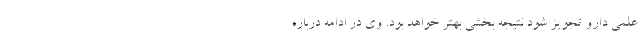
علمی دارو تجویز شود نتیجه بخشی بهتر خواهد بود. وی در ادامه درباره